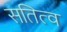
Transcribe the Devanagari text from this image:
सतित्व